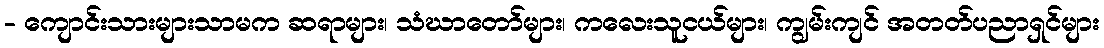
- ကျောင်းသားများသာမက ဆရာများ၊ သံဃာတော်များ၊ ကလေးသူငယ်များ၊ ကျွမ်းကျင် အတတ်ပညာရှင်များ